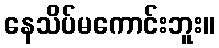
နေသိပ်မကောင်းဘူး။